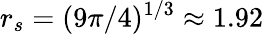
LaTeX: r_{s}=(9\pi/4)^{1/3}\approx 1.92